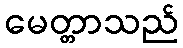
မေတ္တာသည်